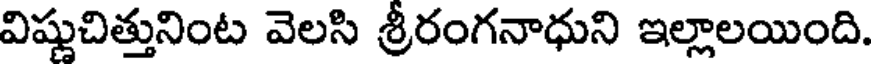
విషుచిత్తునింట వెలసి శ్రీరంగనాధుని ఇల్లాలయింది.